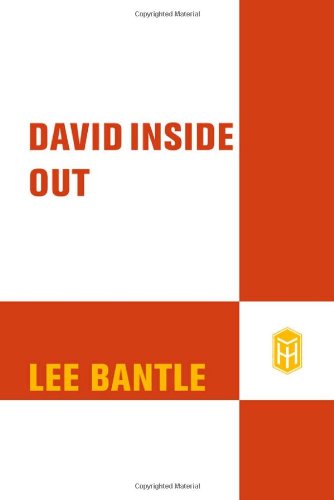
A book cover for David Inside Out; Lee Bantle; Teen & Young Adult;